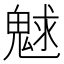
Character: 𩳞